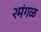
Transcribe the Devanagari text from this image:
२मंगळ